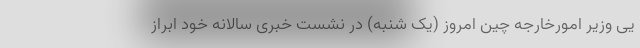
یی وزیر امورخارجه چین امروز (یک شنبه) در نشست خبری سالانه خود ابراز